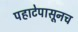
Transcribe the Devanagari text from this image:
पहाटेपासूनच